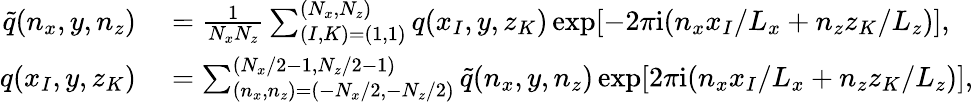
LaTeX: \begin{array}{rl}{\tilde{q}(n_{x},y,n_{z})}&{{}=\frac{1}{N_{x}N_{z}}\sum_{(I,K)=(1,1)}^{(N_{x},N_{z})}q(x_{I},y,z_{K})\exp[-2\pi\mathrm{i}(n_{x}x_{I}/L_{x}+n_{z}z_{K}/L_{z})],}\\ {q(x_{I},y,z_{K})}&{{}=\sum_{(n_{x},n_{z})=(-N_{x}/2,-N_{z}/2)}^{(N_{x}/2-1,N_{z}/2-1)}\tilde{q}(n_{x},y,n_{z})\exp[2\pi\mathrm{i}(n_{x}x_{I}/L_{x}+n_{z}z_{K}/L_{z})],}\end{array}